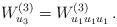
LaTeX: \begin{align*} W^{(3)}_{u_3}=W^{(3)}_{u_1 u_1 u_1}\, . \end{align*}